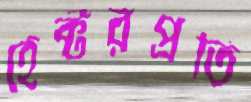
হেক্টরপ্রতি